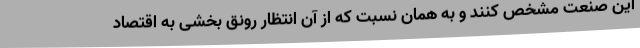
این صنعت مشخص کنند و به همان نسبت که از آن انتظار رونق بخشی به اقتصاد